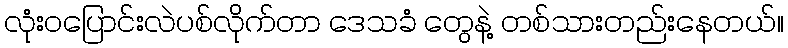
လုံးဝပြောင်းလဲပစ်လိုက်တာ ဒေသခံ တွေနဲ့ တစ်သားတည်းနေတယ်။